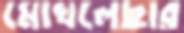
মোখলেছার